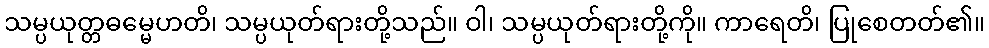
သမ္ပယုတ္တဓမ္မေဟတိ၊ သမ္ပယုတ်ရားတို့သည်။ ဝါ၊ သမ္ပယုတ်ရားတို့ကို။ ကာရေတိ၊ ပြုစေတတ်၏။